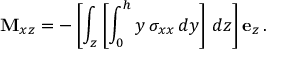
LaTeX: \mathbf { M } _ { x z } = - \left[ \int _ { z } \left[ \int _ { 0 } ^ { h } y \, \sigma _ { x x } \, d y \right] \, d z \right] \mathbf { e } _ { z } \, .